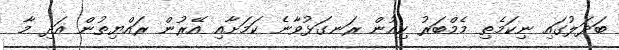
ބަދަލުގައި ނިކަމެތި މެމްބަރު ކިއުން ރަނގަޅުވާނެ ކަމަށާއި އޭރުން ރައްޔިތުން އަދި މާ